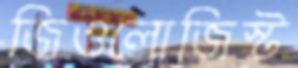
জিওলোজিস্ট